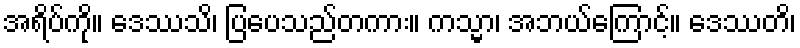
အရိပ်ကို။ ဒေဿသိ၊ ပြပေသည်တကား။ ကသ္မာ၊ အဘယ်ကြောင့်။ ဒေဿတိ၊